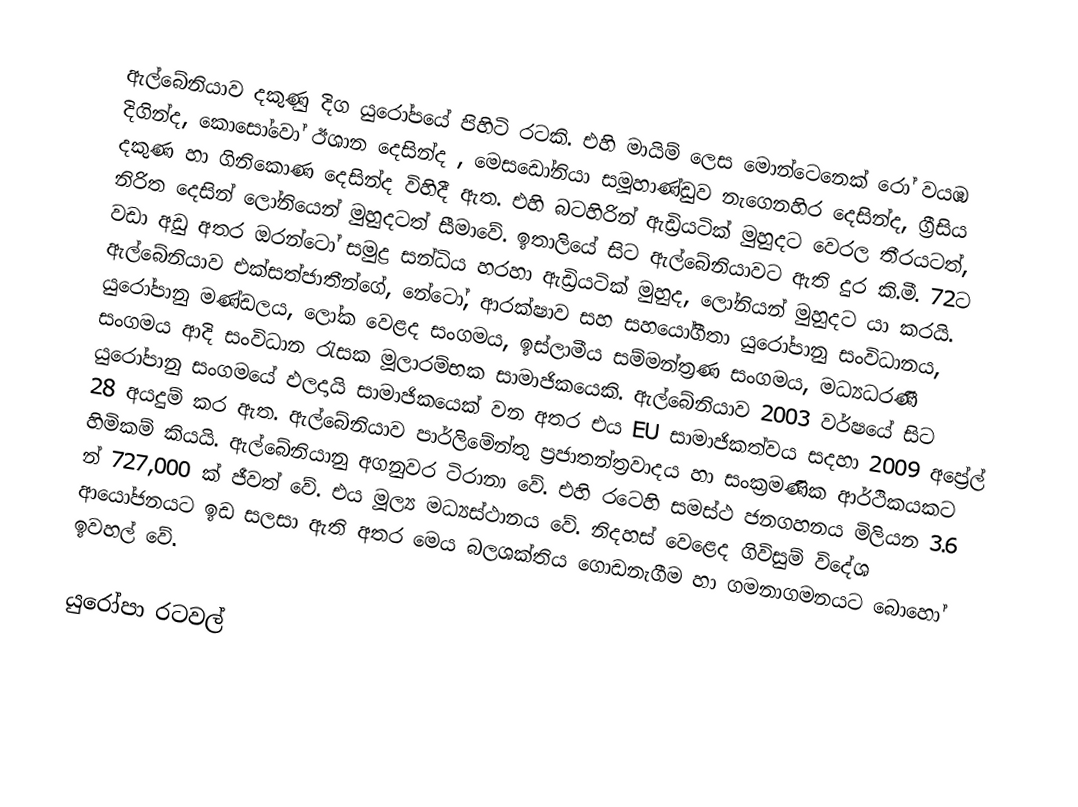
ඇල්බේනියාව දකුණු දිග යුරෝපයේ පිහිටි රටකි. එහි මායිම් ලෙස මොන්ටෙනෙක්  රෝ වයඹ  දිගින්ද, කොසෝවෝ ඊශාන දෙසින්ද , මෙසඩෝනියා සමූහාණ්ඩුව නැගෙනහිර දෙසින්ද, ග්‍රීසිය දකුණ හා ගිනිකොණ දෙසින්ද විහිදී ඇත. එහි බටහිරින් ඇඩ්‍රියටික් මුහුදට වෙරල තීරයටත්, නිරිත දෙසින් ලෝනියෙන් මුහුදටත් සීමාවේ. ඉතාලියේ සිට ඇල්බේනියාවට ඇති දුර කි.මී. 72ට වඩා අඩු අතර ඔරන්ටෝ සමුද්‍ර සන්ධිය හරහා ඇඩ්‍රියටික් මුහුද, ලෝනියන් මුහුදට යා කරයි. ඇල්බේනියාව එක්සත්ජාතීන්ගේ, නේටෝ, ආරක්ෂාව සහ සහයෝගීතා යුරෝපානු සංවිධානය, යුරෝපානු මණ්ඩලය, ලෝක වෙළද සංගමය, ඉස්ලාමීය සම්මන්ත්‍රණ සංගමය, මධ්‍යධරණී සංගමය ආදි සංවිධාන රැසක මූලාරම්භක සාමාජිකයෙකි. ඇල්බේනියාව 2003 වර්ෂයේ සිට යුරෝපානු සංගමයේ ඵලදායි සාමාජිකයෙක් වන අතර එය EU සාමාජිකත්වය සදහා 2009 අප්‍රේල් 28 අයදුම් කර ඇත. ඇල්බේනියාව පාර්ලිමේන්තු ප්‍රජාතන්ත්‍රවාදය හා සංක්‍රමණික ආර්ථිකයකට හිමිකම් කියයි. ඇල්බේනියානු අගනුවර ටිරානා වේ. එහි රටෙහි සමස්ථ ජනගහනය මිලියන 3.6 න් 727,000 ක් ජීවත් වේ. එය මූල්‍ය මධ්‍යස්ථානය වේ. නිදහස් වෙළෙද ගිවිසුම් විදේශ ආයෝජනයට ඉඩ සලසා ඇති අතර මෙය බලශක්තිය ගොඩනැගීම හා ගමනාගමනයට බොහෝ ඉවහල් වේ.

යුරෝපා රටවල්‎